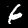
Digit: 6